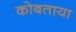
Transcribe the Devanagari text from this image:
कोबताया